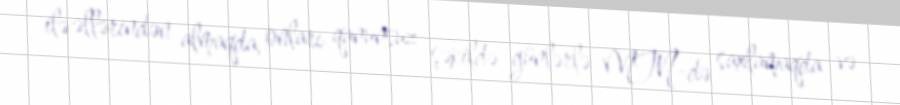
ilə əllərindən almaqda, onları qanunsuz şəkildə günlərlə MTN-də saxlamaqda və